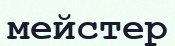
мейстер